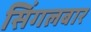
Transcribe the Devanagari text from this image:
सिंगलबार